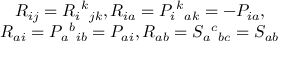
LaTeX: \begin{array} { c } { { R _ { i j } = R _ { i } { } ^ { k } { } _ { j k } , R _ { i a } = P _ { i } { } ^ { k } { } _ { a k } = - P _ { i a } , } } \\ { { R _ { a i } = P _ { a } { } ^ { b } { } _ { i b } = P _ { a i } , R _ { a b } = S _ { a } { } ^ { c } { } _ { b c } = S _ { a b } } } \end{array}